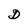
Character: D